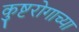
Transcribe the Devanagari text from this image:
कुष्टरोगाच्या